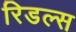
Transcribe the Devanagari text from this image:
रिडल्स